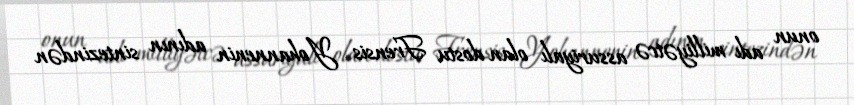
onun adı milliyətcə assuriyalı olan dostu Frensis Yohannenin adının sintezindən